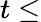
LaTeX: t\le